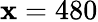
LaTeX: \mathbf{x}=480